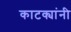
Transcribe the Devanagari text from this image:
काटक्यांनी